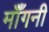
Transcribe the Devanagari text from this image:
मॉँगनी